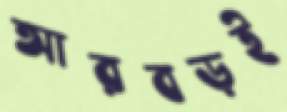
আরবড়ই